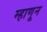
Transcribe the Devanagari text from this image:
म्हाणून